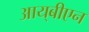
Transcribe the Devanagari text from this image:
आय्‌बीएन